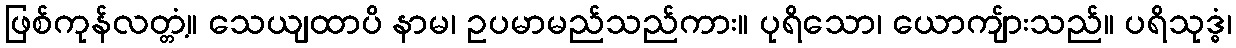
ဖြစ်ကုန်လတ္တံ့။ သေယျထာပိ နာမ၊ ဥပမာမည်သည်ကား။ ပုရိသော၊ ယောကျ်ားသည်။ ပရိသုဒ္ဓံ၊